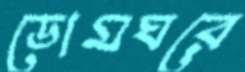
ডোমঘরে